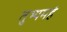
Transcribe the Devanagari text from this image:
तुभ्यमहं